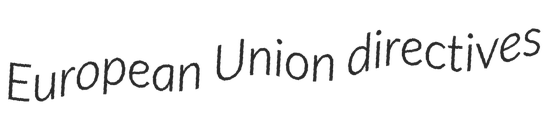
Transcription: European Union directives